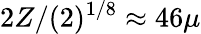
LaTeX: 2Z/(2)^{1/8}\approx 46\mu